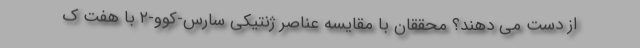
از دست می دهند؟ محققان با مقایسه عناصر ژنتیکی سارس-کوو-۲ با هفت ک